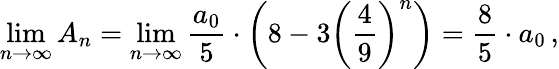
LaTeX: \operatorname*{lim}_{n\rightarrow\infty}A_{n}=\operatorname*{lim}_{n\rightarrow\infty}{\frac{a_{0}}{5}}\cdot\left(8-3\left({\frac{4}{9}}\right)^{n}\right)={\frac{8}{5}}\cdot a_{0}\, ,